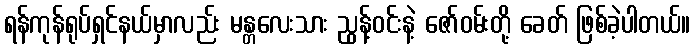
ရန်ကုန်ရုပ်ရှင်နယ်မှာလည်း မန္တလေးသား ညွန့်ဝင်းနဲ့ ဇော်ဝမ်းတို့ ခေတ် ဖြစ်ခဲ့ပါတယ်။